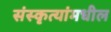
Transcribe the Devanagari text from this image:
संस्कृत्यांमधील